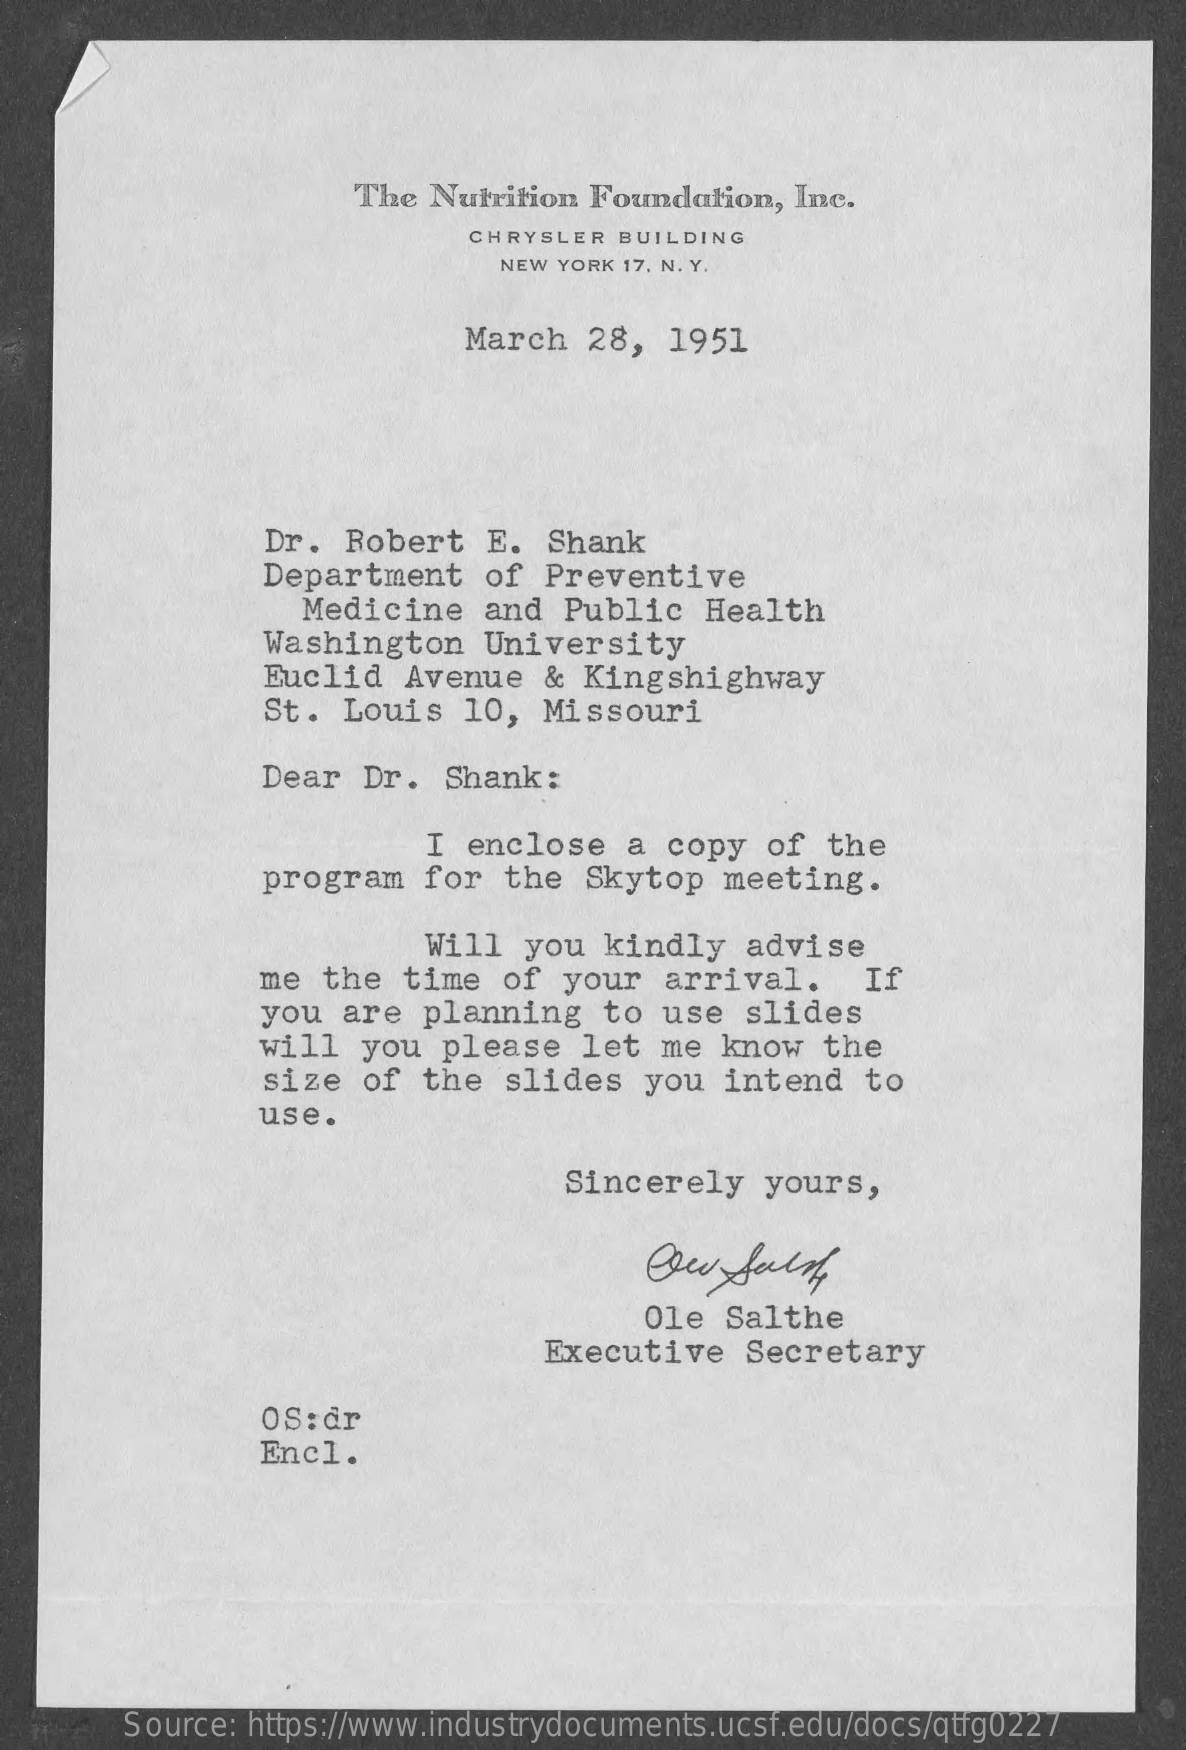
The Nutrition Foundation,  Inc.
     CHRYSLER BUILDING
     NEW YORK 17, N. Y.
     March   28,  1951
     Dr.  Robert   E. Shank
     Department   of  Preventive
     Medicine   and  Public   Health
     Washington   University
     Euclid  Avenue   &  Kingshighway
     St.  Louis  10,  Missouri
     Dear  Dr.  Shank:
     I  enclose   a copy  of  the
     program   for  the  Skytop  meeting.
     Will  you  kindly   advise
     me the   time  of your   arrival.    If
     you  are  planning   to  use  slides
     will   you  please   let  me know   the
     size  of  the  slides   you  intend   to
     use.
     Sincerely   yours,
     Ole  Salthe
     Executive   Secretary
     OS:dr
     Encl.
     Source: https://www.industrydocuments.ucsf.edu/docs/qtfg0227